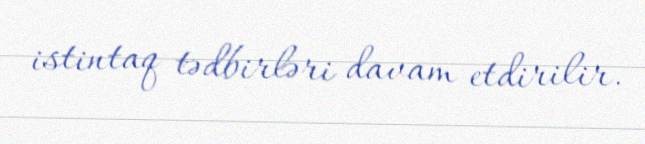
istintaq tədbirləri davam etdirilir.